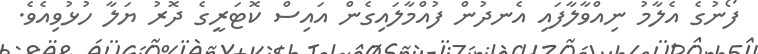
ފޯނުގެ އެލާމު ނިއްވާލާފައި އެނދުން ފުއްމާލައިގެން އައިސް ކޮޓަރީގެ ދޮރު ޔަލާ ހުޅުވިއެވެ.